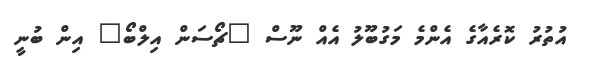
އުތުރު ކޮރެއާގެ އެންމެ މަގުބޫލު އެއް ނޫސް "ޗޯސަން އިލްބޯ" އިން ބުނީ